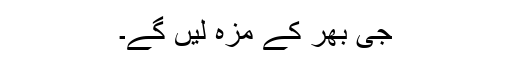
جی بھر کے مزہ لیں گے۔